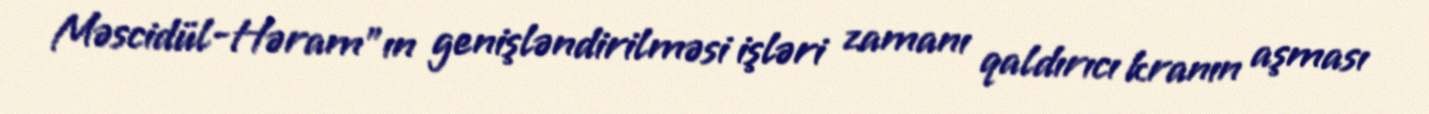
Məscidül-Həram"ın genişləndirilməsi işləri zamanı qaldırıcı kranın aşması